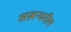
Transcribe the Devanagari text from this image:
अप्रबन्धनीय